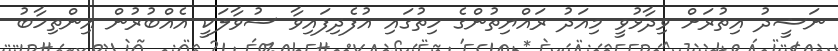
ނަޝީދު އިތުރަށް ވިދާޅުވީ މިއަދު ރައްޔިތުންގެ ހިތުގައި އުފެދިފައިވާ ސުވާލަކީ އެއްބުރުން އިންތިހާބު